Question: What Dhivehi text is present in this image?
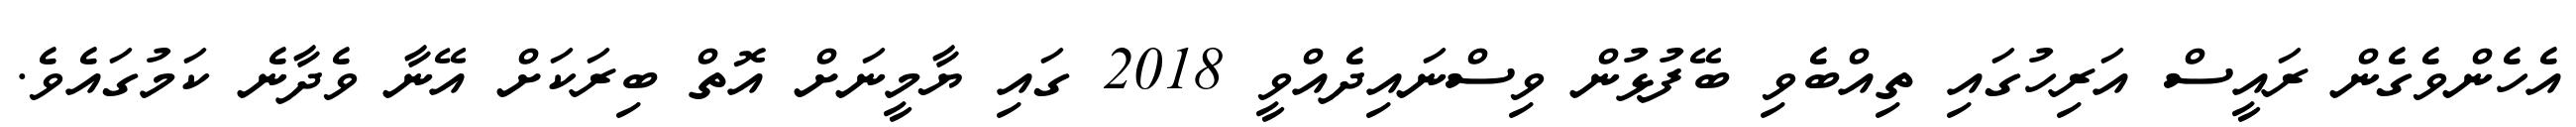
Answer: އެހެންވެގެން ރައީސް އަރިހުގައި ތިއްބެވި ބޭފުޅުން ވިސްނައިދެއްވީ 2018 ގައި ޔާމީނަށް އޮތް ބިރަކަށް އޭނާ ވެދާނެ ކަމުގައެވެ.